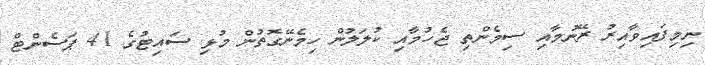
ނިމިފައިވާއިރު ރޭނުމާއި ސިމެންތި ޖެހުމާއި ކުލަލުން ހިމެނޭގޮތުން މުޅި ސައިޓުގެ 41 ޕަސެންޓް